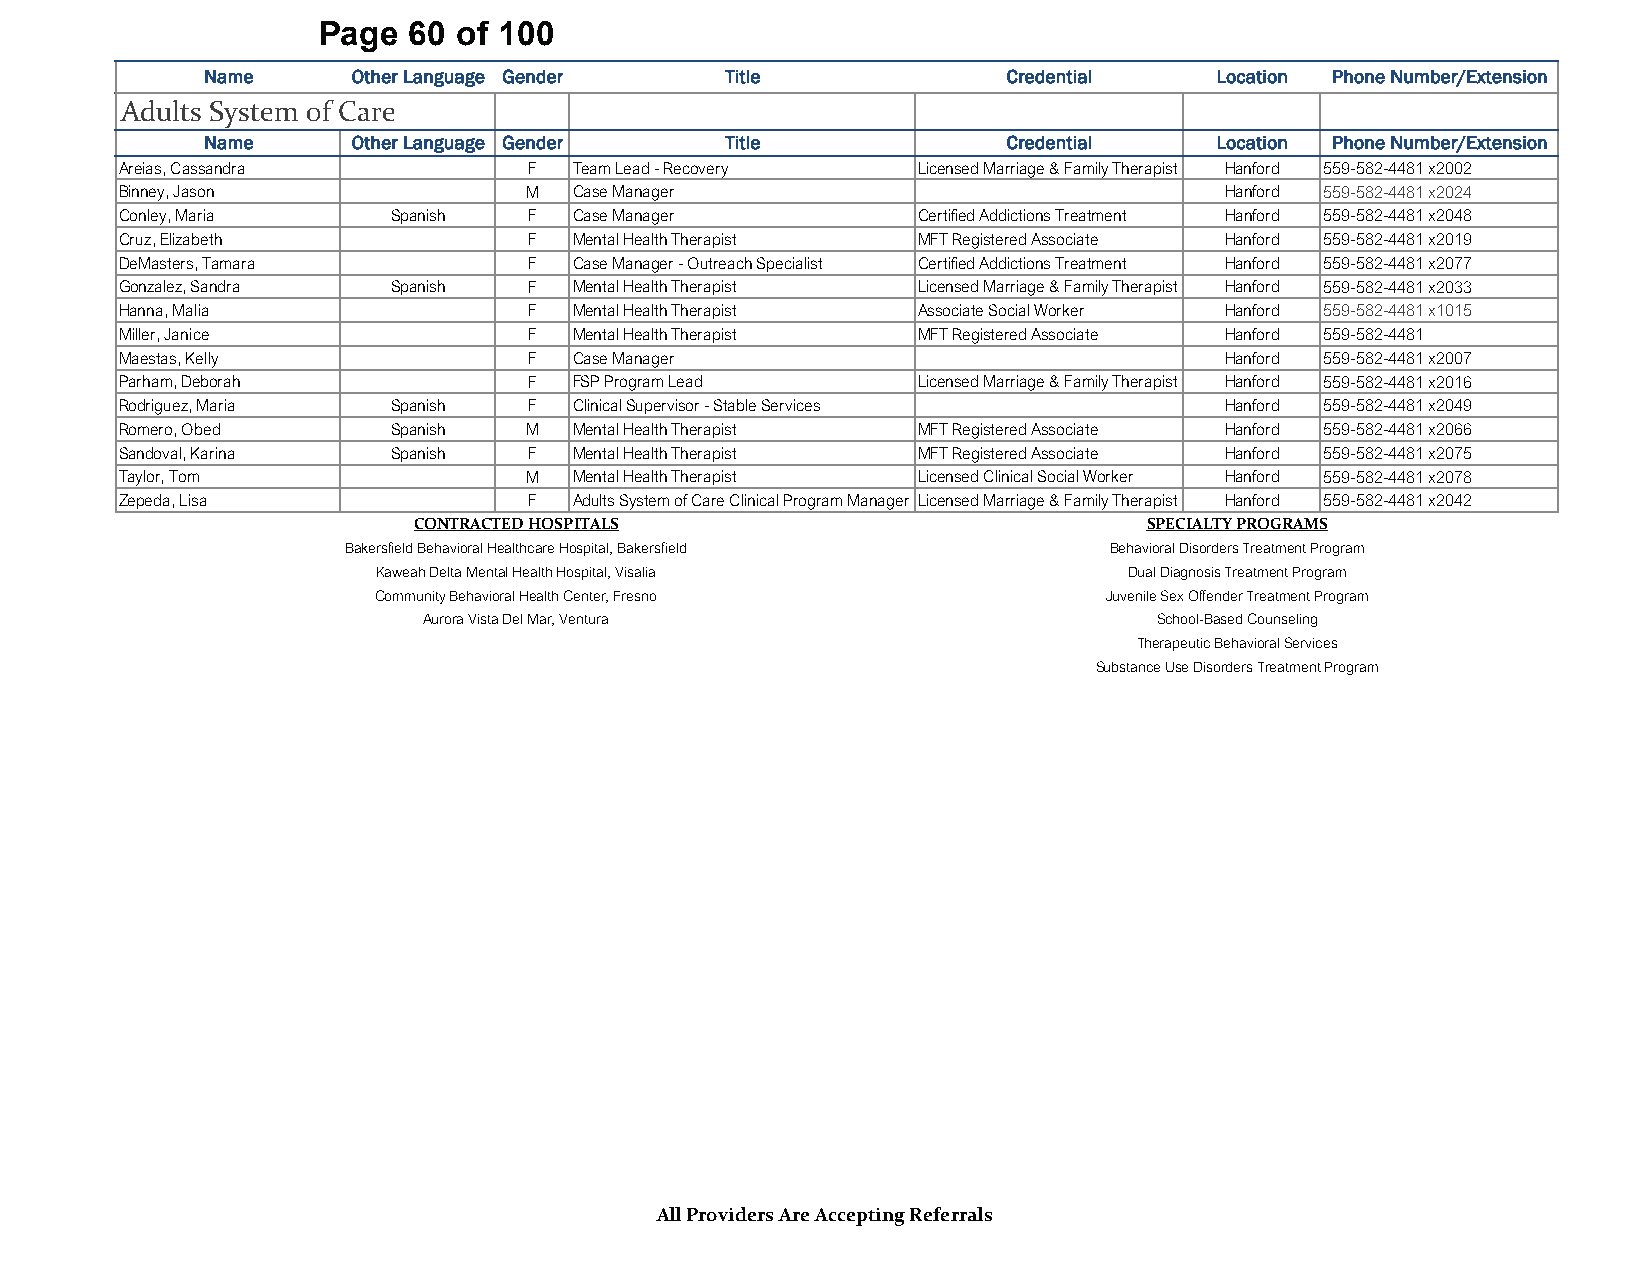
Page  60 of 100
 Name     Other Language Gender    Title              Credential   Location Phone Number/Extension
 Adults System of Care
 Name     Other Language Gender    Title              Credential   Location Phone Number/Extension
 Areias, Cassandra          F  Team Lead - Recovery   Licensed Marriage & Family Therapist Hanford 559-582-4481 x2002
 Binney, Jason              M  Case Manager                               Hanford 559-582-4481 x2024
 Conley, Maria     Spanish  F  Case Manager           Certified Addictions Treatment Hanford 559-582-4481 x2048
 Cruz, Elizabeth            F  Mental Health Therapist MFT Registered Associate Hanford 559-582-4481 x2019
 DeMasters, Tamara          F  Case Manager - Outreach Specialist Certified Addictions Treatment Hanford 559-582-4481 x2077
 Gonzalez, Sandra  Spanish  F  Mental Health Therapist Licensed Marriage & Family Therapist Hanford 559-582-4481 x2033
 Hanna, Malia               F  Mental Health Therapist Associate Social Worker Hanford 559-582-4481 x1015
 Miller, Janice             F  Mental Health Therapist MFT Registered Associate Hanford 559-582-4481
 Maestas, Kelly             F  Case Manager                               Hanford 559-582-4481 x2007
 Parham, Deborah            F  FSP Program Lead       Licensed Marriage & Family Therapist Hanford 559-582-4481 x2016
 Rodriguez, Maria  Spanish  F  Clinical Supervisor - Stable Services      Hanford 559-582-4481 x2049
 Romero, Obed      Spanish  M  Mental Health Therapist MFT Registered Associate Hanford 559-582-4481 x2066
 Sandoval, Karina  Spanish  F  Mental Health Therapist MFT Registered Associate Hanford 559-582-4481 x2075
 Taylor, Tom                M  Mental Health Therapist Licensed Clinical Social Worker Hanford 559-582-4481 x2078
 Zepeda, Lisa               F  Adults System of Care Clinical Program Manager Licensed Marriage & Family Therapist Hanford 559-582-4481 x2042
 CONTRACTED HOSPITALS                             SPECIALTY PROGRAMS
 Bakersfield Behavioral Healthcare Hospital, Bakersfield Behavioral Disorders Treatment Program
 Kaweah Delta Mental Health Hospital, Visalia      Dual Diagnosis Treatment Program
 Community Behavioral Health Center, Fresno      Juvenile Sex Offender Treatment Program
 Aurora Vista Del Mar, Ventura                    School-Based Counseling
 Therapeutic Behavioral Services
 Substance Use Disorders Treatment Program
 All Providers Are Accepting Referrals